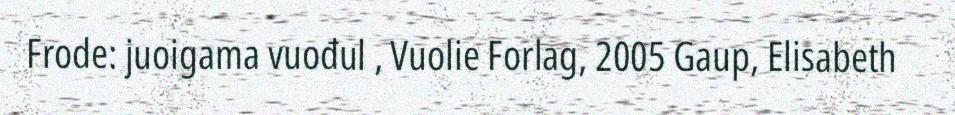
Frode: juoigama vuođul , Vuolie Forlag, 2005 Gaup, Elisabeth